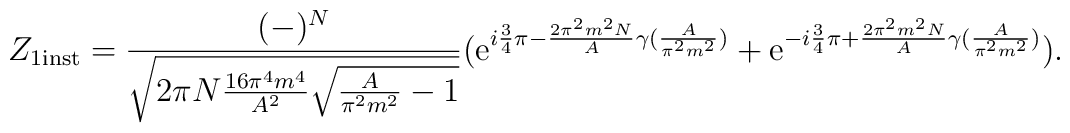
Z_{1 {\rm inst}}=\frac{(-)^N}{\sqrt{2\pi N \frac{16\pi^4m^4}{A^2} \sqrt{\frac{A}{\pi^2 m^2}-1}}}  ({\rm e}^{i\frac{3}{4}\pi                 -\frac{2\pi^2 m^2N}{A}                   \gamma(\frac{A}{\pi^2m^2})}  +{\rm e}^{-i\frac{3}{4}\pi                 +\frac{2\pi^2 m^2N}{A}                   \gamma(\frac{A}{\pi^2m^2})}) .